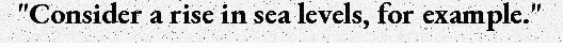
"Consider a rise in sea levels, for example."